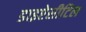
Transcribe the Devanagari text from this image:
डाइऐसीटिल